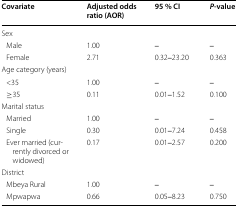
<table><thead><tr><td><b>Covariate</b></td><td><b>Adjusted odds ratio (AOR)</b></td><td><b>95 % CI</b></td><td><b><i>P</i>-value</b></td></tr></thead><tbody><tr><td colspan="4">Sex </td></tr><tr><td> Male</td><td>1.00</td><td>‒</td><td>‒</td></tr><tr><td> Female</td><td>2.71</td><td>0.32‒23.20</td><td>0.363</td></tr><tr><td colspan="4">Age category (years)</td></tr><tr><td> &lt;35</td><td>1.00</td><td>‒</td><td>‒</td></tr><tr><td> ≥35</td><td>0.11</td><td>0.01‒1.52</td><td>0.100</td></tr><tr><td colspan="4">Marital status</td></tr><tr><td> Married</td><td>1.00</td><td>‒</td><td>‒</td></tr><tr><td> Single</td><td>0.30</td><td>0.01‒7.24</td><td>0.458</td></tr><tr><td> Ever married (currently divorced or widowed)</td><td>0.17</td><td>0.01‒2.57</td><td>0.200</td></tr><tr><td colspan="4">District</td></tr><tr><td> Mbeya Rural</td><td>1.00</td><td>‒</td><td>‒</td></tr><tr><td> Mpwapwa</td><td>0.66</td><td>0.05‒8.23</td><td>0.750</td></tr></tbody></table>